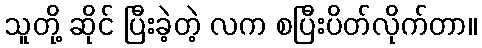
သူတို့ ဆိုင် ပြီးခဲ့တဲ့ လက စပြီးပိတ်လိုက်တာ။